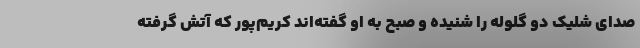
صدای شلیک دو گلوله را شنیده و صبح به او گفته‌اند کریم‌پور که آتش گرفته